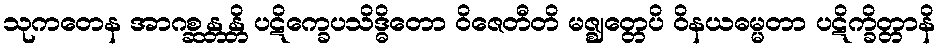
သုကတေန အာဂစ္ဆန္တန္တိ ပဋိက္ခေပသိဒ္ဓိတော ဝိဇေတီတိ မဇ္ဈတ္တေပိ ဝိနယဓမ္မတာ ပဋိက္ခိတ္တာနိ